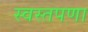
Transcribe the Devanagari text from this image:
स्वस्तपणा